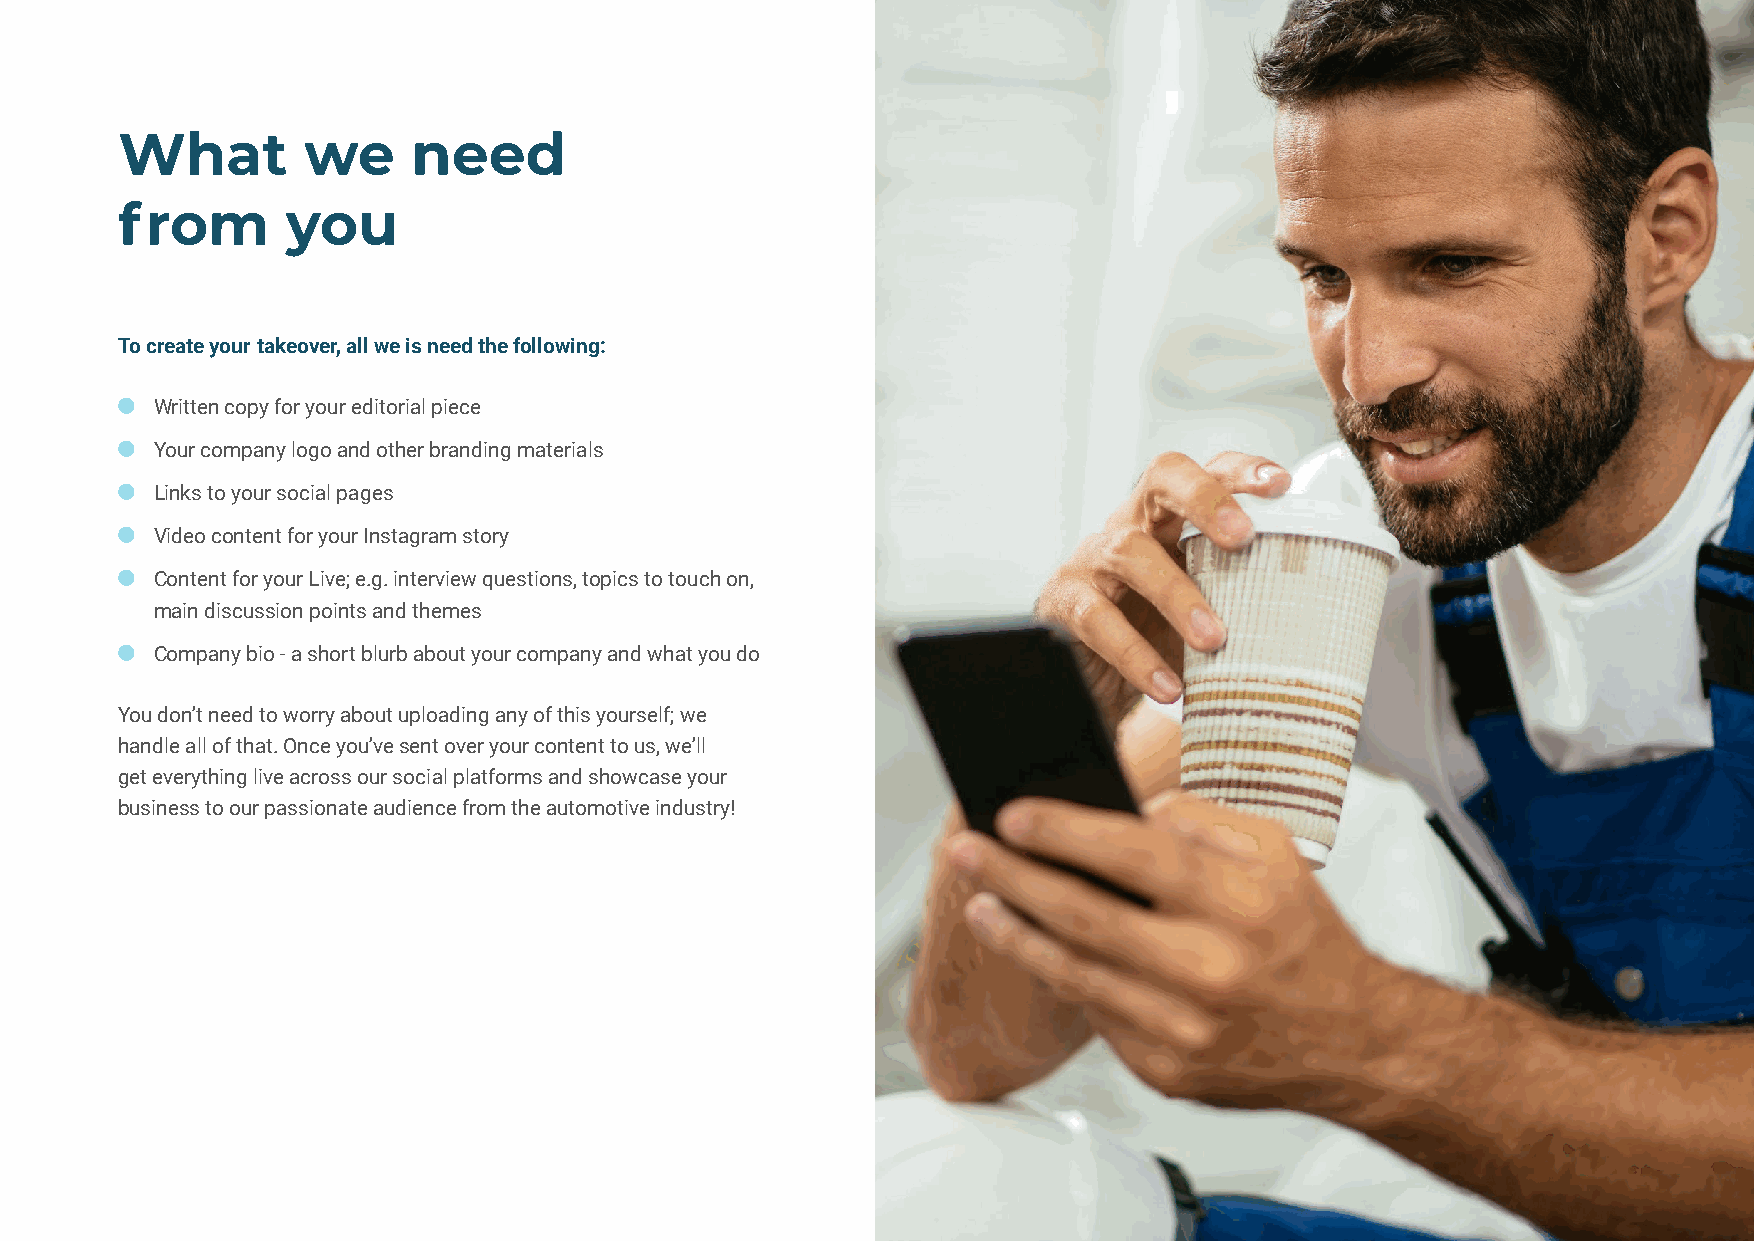
What        we     need
 from       you
 To create your takeover, all we is need the following:
  Written copy for your editorial piece
  Your company logo and other branding materials
  Links to your social pages
  Video content for your Instagram story
  Content for your Live; e.g. interview questions, topics to touch on,
 main discussion points and themes
  Company bio - a short blurb about your company and what you do
 You don’t need to worry about uploading any of this yourself; we
 handle all of that. Once you’ve sent over your content to us, we’ll
 get everything live across our social platforms and showcase your
 business to our passionate audience from the automotive industry!